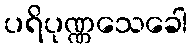
ပရိပုဏ္ဏသေခေါ